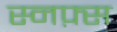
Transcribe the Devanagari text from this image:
स्नफ़्स